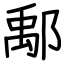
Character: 鄅